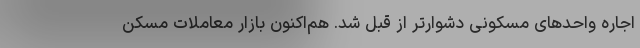
اجاره واحدهای مسکونی دشوارتر از قبل شد. هم‌اکنون بازار معاملات مسکن